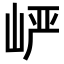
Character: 𪨷